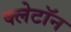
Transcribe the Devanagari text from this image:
क्लेटॉन